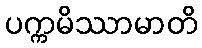
ပက္ကမိဿာမာတိ